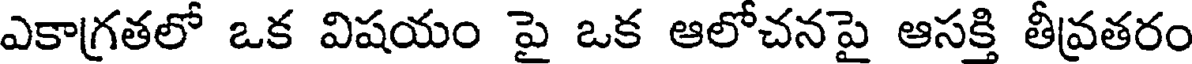
ఎకాగ్రతలో ఒక విషయం పై ఒక ఆలోచనపై ఆసక్తి తీవ్రతరం